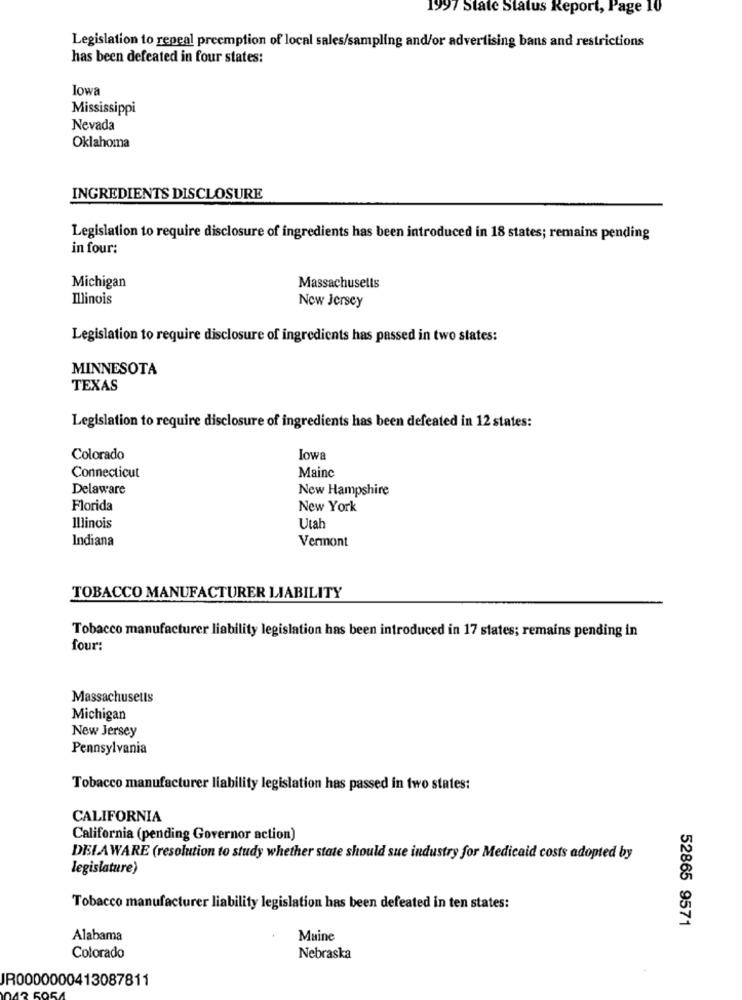
1997 State Status Report, Page 10
Legislation to repeal preemption of local sales/sampling and/or advertising bans and restrictions
has been defeated in four states:
lowa
Mississippi
Nevada
Oklahoma
INGREDIENTS DISCLOSURE
Legislation to require disclosure of ingredients has been introduced in 18 states; remains pending
in four:
Michigan
Massachusetts
Illinois
New Jersey
Legislation to require disclosure of ingredients has passed in two states:
MINNESOTA
TEXAS
Legislation to require disclosure of ingredients has been defeated in 12 states:
Colorado
lowa
Connecticut
Mainc
Delaware
New Hampshire
Florida
New York
Illinois
Utah
Indiana
Vermont
TOBACCO MANUFACTURER LIABILITY
Tobacco manufacturer liability legislation has been introduced in 17 states; remains pending in
four:
Massachusetts
Michigan
New Jersey
Pennsylvania
Tobacco manufacturer liability legislation has passed in two states:
CALIFORNIA
California (pending Governor action)
DELAWARE (resolution to study whether state should sue industry for Medicaid costs adopted by
legislature)
Tobacco manufacturer liability legislation has been defeated in ten states:
52865 9571
Alabama
Maine
Colorado
Nebraska
IR0000000413087811